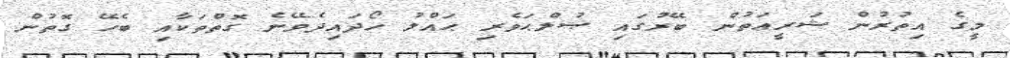
މީގެ އިތުރުން ޝަރީޢަތުން ބޭރުގައި ޞުލްޙަވެރި ޙައްލު ހޯދައިދެވޭނެ ގޮތްތަކާއި ބެހޭ ގޮތުން